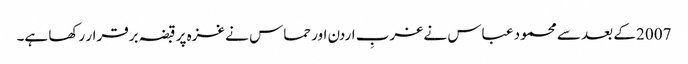
2007 کے بعد سے محمود عباس نے غربِ اردن اور حماس نے غزہ پر قبضہ برقرار رکھا ہے۔